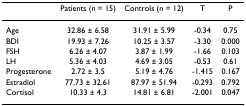
<table><thead><tr><td></td><td><b>Patients (n = 15)</b></td><td><b>Controls (n = 12)</b></td><td><b>T</b></td><td><b>P</b></td></tr></thead><tbody><tr><td>Age</td><td>32.86 ± 6.58</td><td>31.91 ± 5.99</td><td>-0.34</td><td>0.75</td></tr><tr><td>BDI</td><td>19.93 ± 7.26</td><td>10.25 ± 3.57</td><td>-3.30</td><td>0.000</td></tr><tr><td>FSH</td><td>6.26 ± 4.07</td><td>3.87 ± 1.99</td><td>-1.66</td><td>0.103</td></tr><tr><td>LH</td><td>5.36 ± 4.03</td><td>4.69 ± 3.05</td><td>-0.53</td><td>0.61</td></tr><tr><td>Progesterone</td><td>2.72 ± 3.5</td><td>5.19 ± 4.76</td><td>-1.415</td><td>0.167</td></tr><tr><td>Estradiol</td><td>77.73 ± 32.61</td><td>87.97 ± 51.94</td><td>-0.293</td><td>0.792</td></tr><tr><td>Cortisol</td><td>10.33 ± 4.3</td><td>14.81 ± 6.81</td><td>-2.001</td><td>0.047</td></tr></tbody></table>